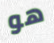
هو